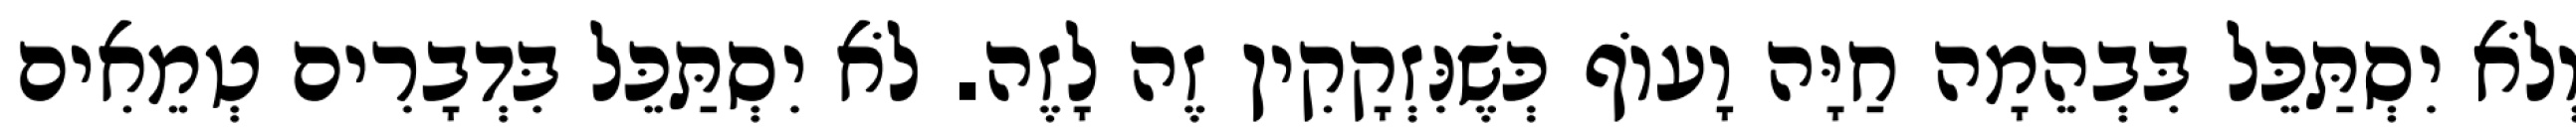
וְלֹא יִסְתַּכֵּל בִּבְהֵמָה חַיָּה וָעוֹף כְּשֶׁנִּזְקָקִין זֶה לָזֶה. לֹא יִסְתַּכֵּל בִּדְבָרִים טְמֵאִים